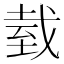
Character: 臷